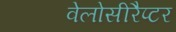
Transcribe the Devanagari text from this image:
वेलोसीरैप्टर